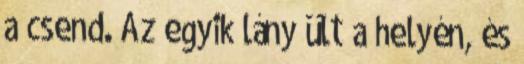
a csend. Az egyik lány ült a helyén, és